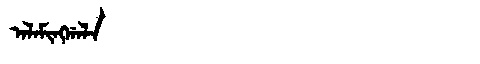
Manchu: ᠠᠯᠠᠮᡳᠩᡤᠠᠯᠠ
Romanization: ALAMINGGALA